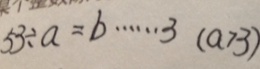
5 3 \div a = b \cdots 3 ( a > 3 )